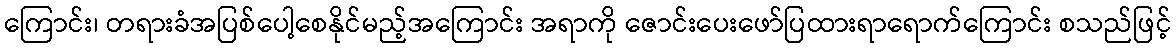
ကြောင်း၊ တရားခံအပြစ်ပေါ့စေနိုင်မည့်အကြောင်း အရာကို ဇောင်းပေးဖော်ပြထားရာရောက်ကြောင်း စသည်ဖြင့်